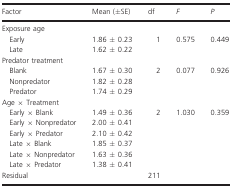
<table><thead><tr><td><b>Factor</b></td><td><b>Mean (±SE)</b></td><td><b>df</b></td><td><b><i>F</i></b></td><td><b><i>P</i></b></td></tr></thead><tbody><tr><td colspan="5">Exposure age</td></tr><tr><td>Early</td><td>1.86 ± 0.23</td><td rowspan="2">1</td><td rowspan="2">0.575</td><td rowspan="2">0.449</td></tr><tr><td>Late</td><td>1.62 ± 0.22</td></tr><tr><td colspan="5">Predator treatment</td></tr><tr><td>Blank</td><td>1.67 ± 0.30</td><td rowspan="3">2</td><td rowspan="3">0.077</td><td rowspan="3">0.926</td></tr><tr><td>Nonpredator</td><td>1.82 ± 0.28</td></tr><tr><td>Predator</td><td>1.74 ± 0.29</td></tr><tr><td colspan="5">Age × Treatment</td></tr><tr><td>Early × Blank</td><td>1.49 ± 0.36</td><td rowspan="6">2</td><td rowspan="6">1.030</td><td rowspan="6">0.359</td></tr><tr><td>Early × Nonpredator</td><td>2.00 ± 0.41</td></tr><tr><td>Early × Predator</td><td>2.10 ± 0.42</td></tr><tr><td>Late × Blank</td><td>1.85 ± 0.37</td></tr><tr><td>Late × Nonpredator</td><td>1.63 ± 0.36</td></tr><tr><td>Late × Predator</td><td>1.38 ± 0.41</td></tr><tr><td>Residual</td><td></td><td>211</td><td></td><td></td></tr></tbody></table>